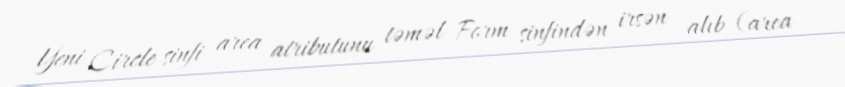
Yeni Circle sinfi area atributunu təməl Form sinfindən irsən alıb (area